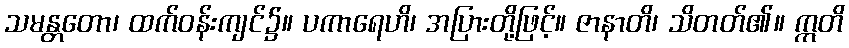
သမန္တတော၊ ထက်ဝန်းကျင်၌။ ပကာရေဟိ၊ အပြားတို့ဖြင့်။ ဇာနာတိ၊ သိတတ်၏။ ဣတိ